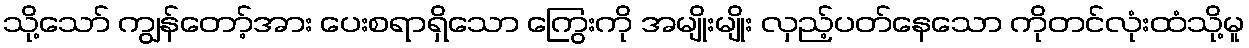
သို့သော် ကျွန်တော့်အား ပေးစရာရှိသော ကြွေးကို အမျိုးမျိုး လှည့်ပတ်နေသော ကိုတင်လုံးထံသို့မူ